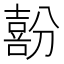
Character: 𱔳